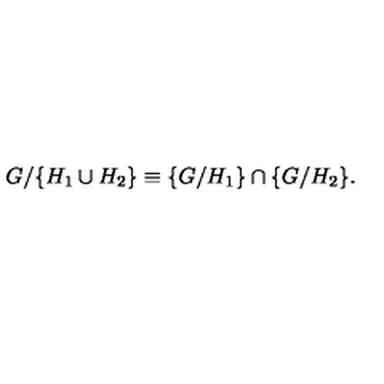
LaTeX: G / \{ H _ { 1 } \cup H _ { 2 } \} \equiv \{ G / H _ { 1 } \} \cap \{ G / H _ { 2 } \} . \,